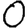
Digit: 0